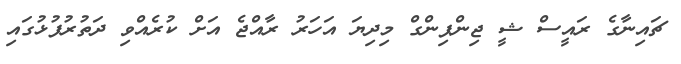
ޗައިނާގެ ރައީސް ޝީ ޖިންޕިންގް މިދިޔަ އަހަރު ރާއްޖެ އަށް ކުރެއްވި ދަތުރުފުޅުގައި